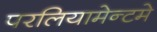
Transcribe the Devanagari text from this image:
परलियामेन्टमे